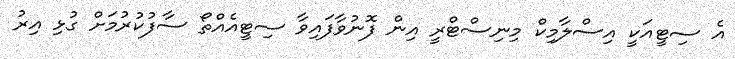
އެ ސިޓީއަކީ އިސްލާމިކް މިނިސްޓްރީ އިން ފޮނުވާފައިވާ ސިޓީއެއްތޯ ސާފުކުރުމަށް ގުޅި އިރު